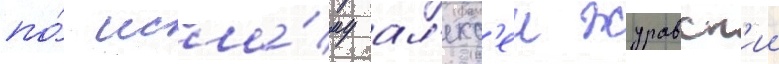
по́ исла́му ал'екс'еи журавск'ии